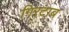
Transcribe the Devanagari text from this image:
गिरटाब